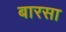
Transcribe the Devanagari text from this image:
बारसा